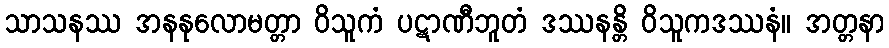
သာသနဿ အနနုလောမတ္တာ ဝိသူကံ ပဋာဏီဘူတံ ဒဿနန္တိ ဝိသူကဒဿနံ။ အတ္တနာ